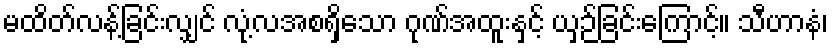
မထိတ်လန့်ခြင်းလျှင် လုံ့လအစရှိသော ဂုဏ်အထူးနှင့် ယှဉ်ခြင်းကြောင့်။ သီဟာနံ၊